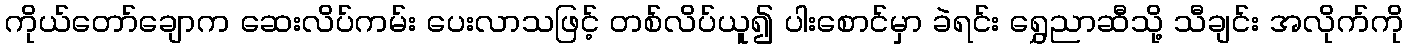
ကိုယ်တော်ချောက ဆေးလိပ်ကမ်း ပေးလာသဖြင့် တစ်လိပ်ယူ၍ ပါးစောင်မှာ ခဲရင်း ရွှေညာဆီသို့ သီချင်း အလိုက်ကို